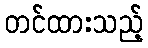
တင်ထားသည့်